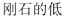
刚石的低